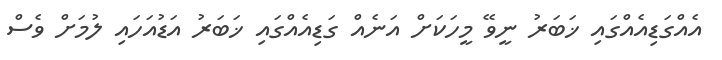
އެއްގަޑިއެއްގައި ޚަބަރު ނީވޭ މީހަކަށް އަނެއް ގަޑިއެއްގައި ޚަބަރު އަޑުއަހައި ލުމަށް ވެސް